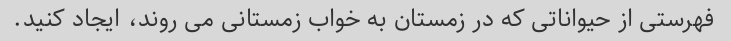
فهرستی از حیواناتی که در زمستان به خواب زمستانی می روند، ایجاد کنید.